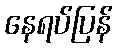
နေရပ်ပြန်